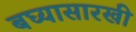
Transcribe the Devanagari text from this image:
बघ्‍यासारखी